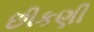
છીકણી